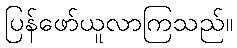
ပြန်ဖော်ယူလာကြသည်။